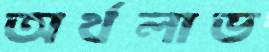
অর্থলাভ